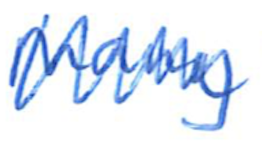
Text: Many
Cross-out: zig-zag
Writing tool: ballpoint